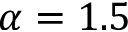
\alpha = 1 . 5